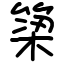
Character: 𫞿